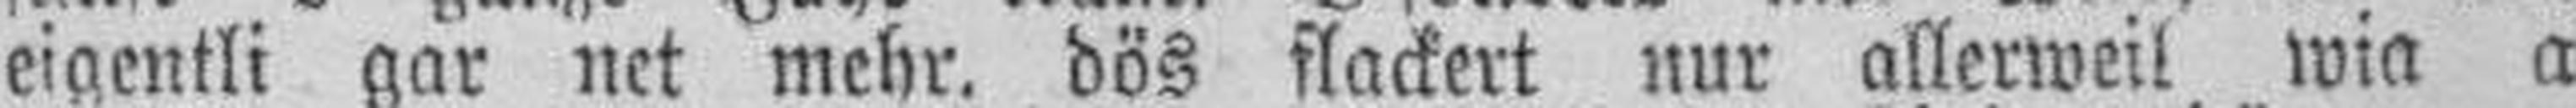
eigentli gar net mehr, dös flackert nur allerweil wia a